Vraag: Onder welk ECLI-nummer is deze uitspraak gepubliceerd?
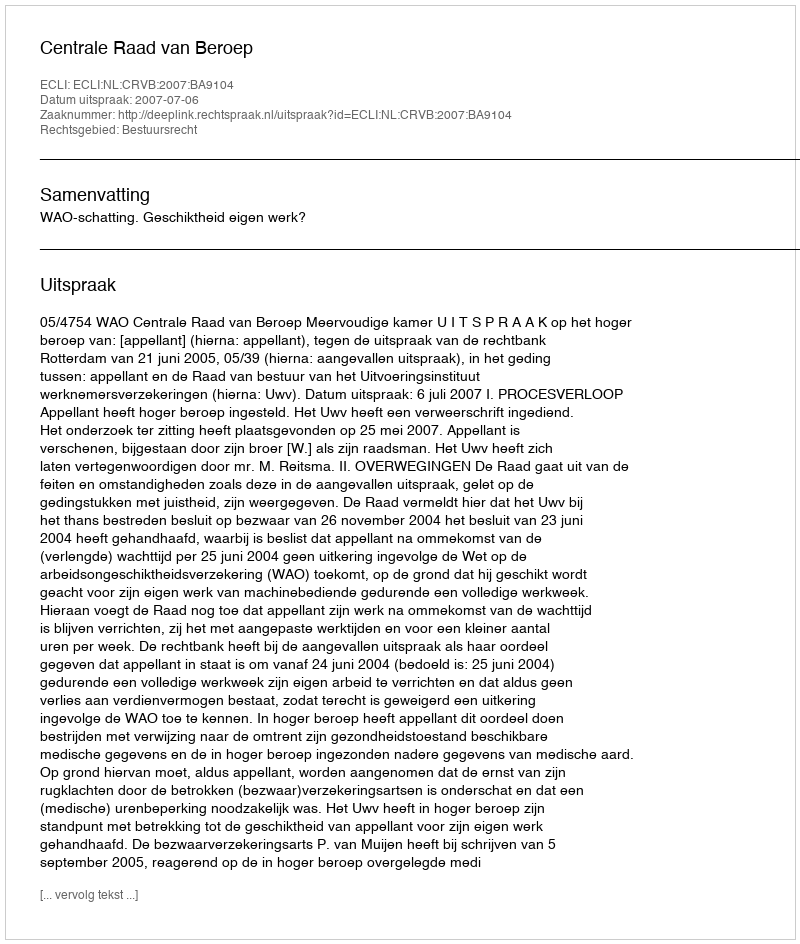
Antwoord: ECLI:NL:CRVB:2007:BA9104